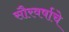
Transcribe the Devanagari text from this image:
सौरवर्षाचे